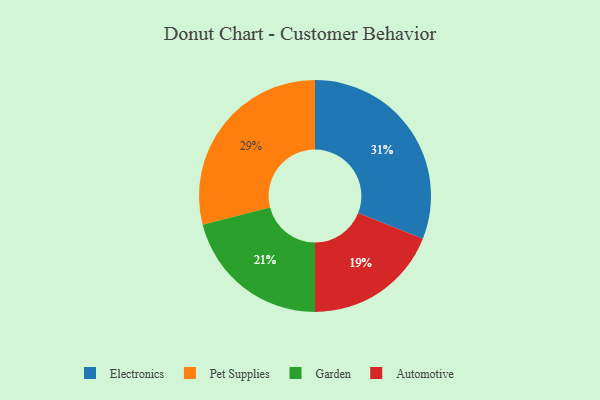
{"axis": {"x": "Category", "y": "Percentage"}, "legend": ["Automotive", "Electronics", "Garden", "Pet Supplies"], "data": [{"x": "Automotive", "y": 19, "type": "Automotive"}, {"x": "Garden", "y": 21, "type": "Garden"}, {"x": "Electronics", "y": 31, "type": "Electronics"}, {"x": "Pet Supplies", "y": 29, "type": "Pet Supplies"}]}